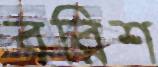
বরিশ